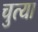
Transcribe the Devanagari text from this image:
चुत्या